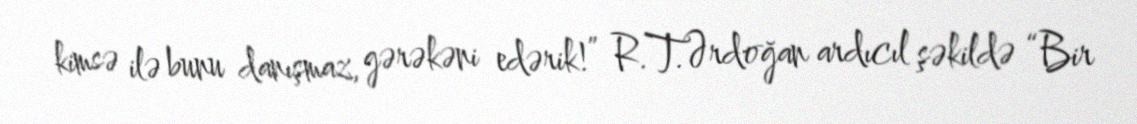
kimsə ilə bunu danışmaz, gərəkəni edərik!” R.T.Ərdoğan ardıcıl şəkildə “Bir